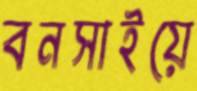
বনসাইয়ে